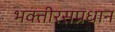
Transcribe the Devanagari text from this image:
भक्तीरसप्रधान